Punjab Mental Hospital Lahore 1932-46 - 1932-1946
Year: 1932
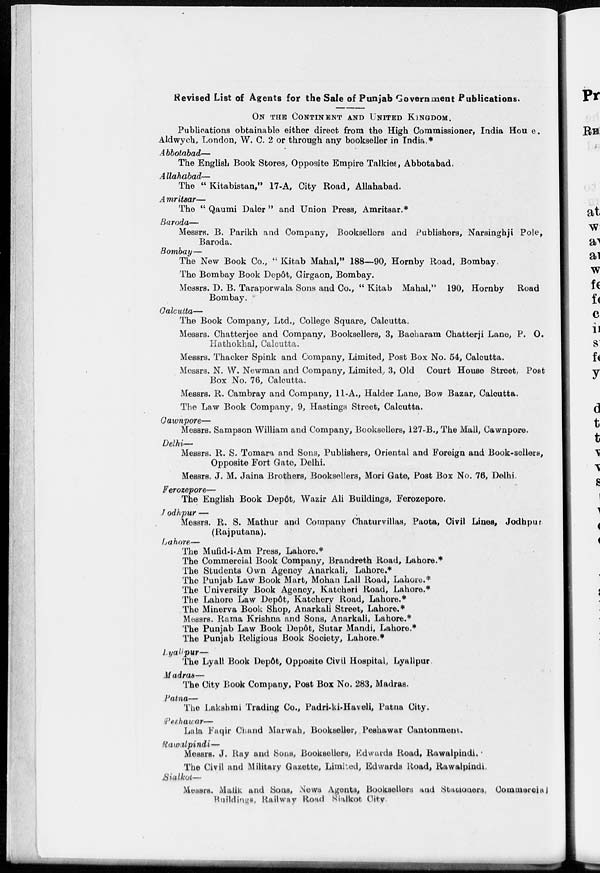
Revised List of Agents for the Sale of Punjab Government Publications.
ON THE CONTINENT AND UNITED KINGDOM.
Publications obtainable either direct from the High Commissioner, India House.
Aldwych, London, W. C. 2 or through any bookseller in India.*
Abbotabad—
The English Book Stores, Opposite Empire Talkies, Abbotabad.
Allahabad—
The " Kitabistan," 17-A, City Road, Allahabad.
Amritsar—
The " Qaumi Daler" and Union Press, Amritsar.*
Baroda—
Messrs. B. Parikh and Company, Booksellers and Publishers, Narsinghji Pole,
Baroda.
Bombay—
The New Book Co., " Kitab Mahal," 188—90, Hornby Road, Bombay.
The Bombay Book Depôt, Girgaon, Bombay.
Messrs. D. B. Taraporwala Sons and Co., " Kitab Mahal," 190, Hornby
Road
Bombay.
Calcutta—
The Book Company, Ltd., College Square, Calcutta.
Messrs. Chatterjee and Company, Booksellers, 3, Bacharam Chatterji Lane, P. O.
Hathokhal, Calcutta.
Messrs. Thacker Spink and Company, Limited, Post Box No. 54, Calcutta.
Messrs. N. W. Newman and Company, Limited.. 3, Old Court House Street, Post
Box No. 76, Calcutta.
Messrs. R. Cambray and Company, 11-A., Halder Lane, Bow Bazar, Calcutta.
The Law Book Company, 9, Hastings Street, Calcutta.
Cawnpore—
Messrs. Sampson William and Company, Booksellers, 127-B., The Mall, Cawnpore.
Delhi—
Messrs. R. S. Tomara and Sons, Publishers, Oriental and Foreign and Book-sellers,
Opposite Fort Gate, Delhi.
Messrs. J. M. Jaina Brothers, Booksellers, Mori Gate, Post Box No. 76, Delhi.
Ferozepore—
The English Book Depôt, Wazir Ali Buildings, Ferozepore.
Jodhpur —
Messrs. R. S. Mathur and Company Chaturvillas, Paota, Civil Lines, Jodhpur
(Rajputana).
Lahore—
The Mufid-i-Am Press, Lahore.*
The Commercial Book Company, Brandreth Road, Lahore.*
The Students Own Agency Anarkali, Lahore.*
The Punjab Law Book Mart, Mohan Lall Road, Lahore.*
The University Book Agency, Katcheri Road, Lahore.*
The Lahore Law Depôt, Katohery Road, Lahore.*
The Minerva Book Shop, Anarkali Street, Lahore.*
Messrs. Rama Krishna and Sons, Anarkali, Lahore.*
The Punjab Law Book Depôt, Sutar Mandi, Lahore.*
The Punjab Religious Book Society, Lahore.*
Lyalipur—
The Lyall Book Depôt, Opposite Civil Hospital, Lyallpur.
Madras—
The City Book Company, Post Box No. 283, Madras.
Patna—
The Lakshmi Trading Co., Padri-ki-Haveli, Patna City.
Peshawar—
Lala Faqir Chand Marwah, Bookseller, Peshawar Cantonment.
Rawalpindi—
Messrs. J. Ray and Sons, Booksellers, Edwards Road, Rawalpindi.
The Civil and Military Gazette, Limited, Edwards Road, Rawalpindi.
Sialkot—
Messrs. Malik and Sons, News Agents, Booksellers and Stationers, Commercial
Buildings, Railway Road Sialkot City.